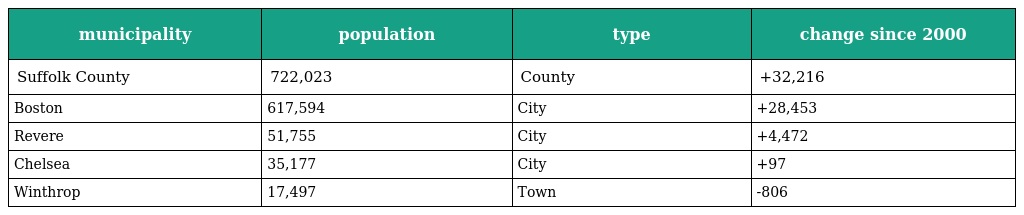
| municipality | population | type | change since 2000 |
 | --- | --- | --- | --- |
 | Suffolk County | 722,023 | County | +32,216 |
 | Boston | 617,594 | City | +28,453 |
 | Revere | 51,755 | City | +4,472 |
 | Chelsea | 35,177 | City | +97 |
 | Winthrop | 17,497 | Town | -806 |